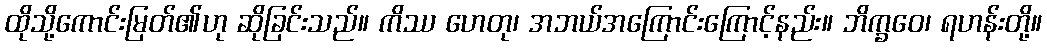
ထိုသို့ကောင်းမြတ်၏ဟု ဆိုခြင်းသည်။ ကိဿ ဟေတု၊ အဘယ်အကြောင်းကြောင့်နည်း။ ဘိက္ခဝေ၊ ရဟန်းတို့။